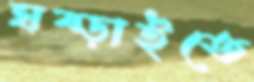
ঘষ্‌ড়াইতে